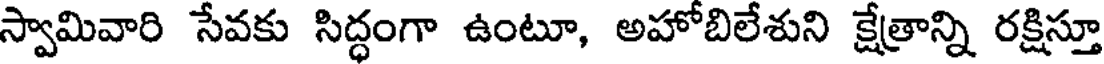
స్వామివారి సేవకు సిద్ధంగా ఉంటూ, అహోబిలేశుని క్షేత్రాన్ని రక్షిస్తూ